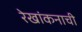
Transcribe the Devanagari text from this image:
रेखांकनाची